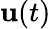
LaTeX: {\mathbf{u}}(t)